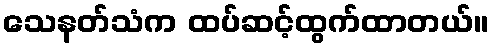
သေနတ်သံက ထပ်ဆင့်ထွက်ထာတယ်။